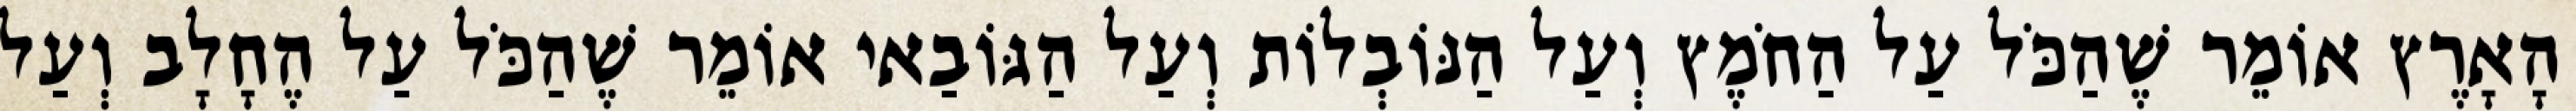
הָאָרֶץ אוֹמֵר שֶׁהַכֹּל עַל הַחֹמֶץ וְעַל הַנּוֹבְלוֹת וְעַל הַגּוֹבַאי אוֹמֵר שֶׁהַכֹּל עַל הֶחָלָב וְעַל